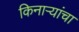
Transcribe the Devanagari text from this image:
किनाऱ्‍यांचा